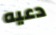
دعيه